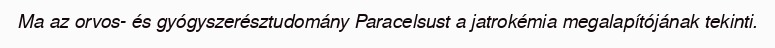
Ma az orvos- és gyógyszerésztudomány Paracelsust a jatrokémia megalapítójának tekinti.